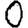
Digit: 0